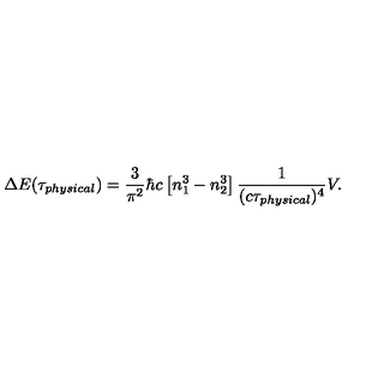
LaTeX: \Delta E ( \tau _ { \small p h y s i c a l } ) = { \frac { 3 } { \pi ^ { 2 } } } \hbar c \left[ n _ { 1 } ^ { 3 } - n _ { 2 } ^ { 3 } \right] { \frac { 1 } { ( c \tau _ { \small p h y s i c a l } ) ^ { 4 } } } V .